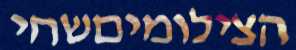
הצילומיםשחי